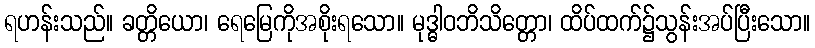
ရဟန်းသည်။ ခတ္တိယော၊ ရေမြေကိုအစိုးရသော။ မုဒ္ဓါဝဘိသိတ္တော၊ ထိပ်ထက်၌သွန်းအပ်ပြီးသော။